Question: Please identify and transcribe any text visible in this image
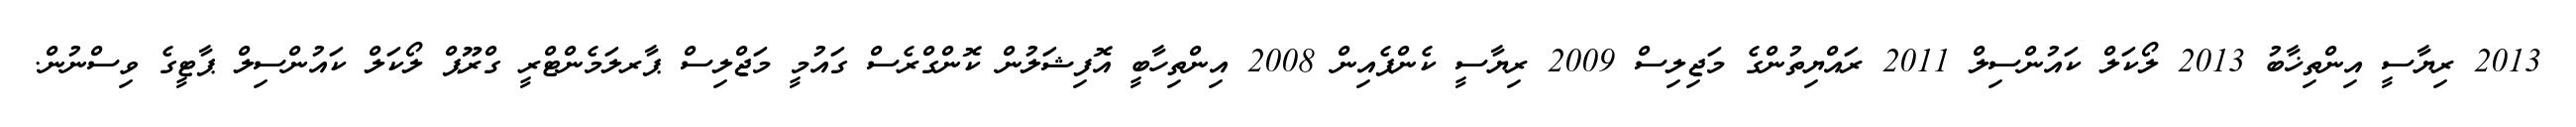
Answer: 2013 ރިޔާސީ އިންތިޚާބު 2013 ލޯކަލް ކައުންސިލް 2011 ރައްޔިތުންގެ މަޖިލިސް 2009 ރިޔާސީ ކެންޕެއިން 2008 އިންތިހާބީ އޮފިޝަލުން ކޮންގްރެސް ގައުމީ މަޖްލިސް ޕާރލަމެންޓްރީ ގްރޫޕް ލޯކަލް ކައުންސިލް ޕާޓީގެ ވިސްނުން.